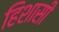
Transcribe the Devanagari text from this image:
हिशासी